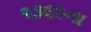
૧૩૬૯ના